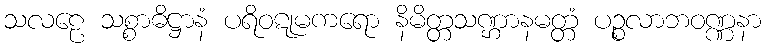
သလဠေ သစ္စာဓိဋ္ဌာနံ ပရိဝဋုမကရော နိမိတ္တသဏ္ဌာနမတ္တံ ပဉ္စလာဘဝဏ္ဏနာ